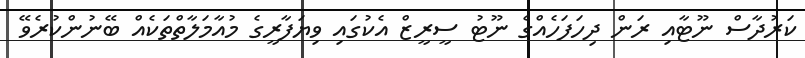
ކަރުދާސް ނޫޓާއި ރަން ދިހަފަހެއްގެ ނޫޓު ސީރީޒް އެކުގައި ވިޔަފާރީގެ މުއާމަލާތްތަކެއް ބޭނުންކުރެވޭ